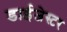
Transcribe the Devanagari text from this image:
डाईजेस्टर